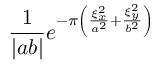
{ \frac { 1 } { | a b | } } e ^ { - \pi \left( { \frac { \xi _ { x } ^ { 2 } } { a ^ { 2 } } } + { \frac { \xi _ { y } ^ { 2 } } { b ^ { 2 } } } \right) }